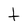
Character: t